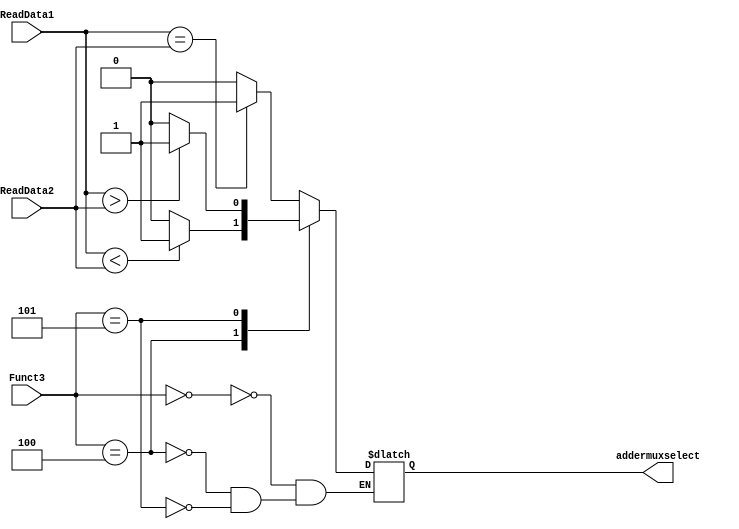
`timescale 1ns / 1ps
//////////////////////////////////////////////////////////////////////////////////
// Company: 
// Engineer: 
// 
// Design Name: 
// Module Name: Branch_Unit
// Project Name: 
// Target Devices: 
// Tool Versions: 
// Description: 
// 
// Dependencies: 
// 
// Revision:
// Revision 0.01 - File Created
// Additional Comments:
// 
//////////////////////////////////////////////////////////////////////////////////


module Branch_Unit(
   input [2:0] Funct3,
   input [63:0] ReadData1,
   input [63:0] ReadData2,
   output reg addermuxselect
  );
  
  initial
    begin
      addermuxselect = 1'b0;
    end
  
  always @(*)
	begin
      case (Funct3)
        3'b000:
          begin
            if (ReadData1 == ReadData2)
              addermuxselect = 1'b1;
            else
              addermuxselect = 1'b0;
            end
         3'b100:
    		begin
              if (ReadData1 < ReadData2)
              addermuxselect = 1'b1;
            else
              addermuxselect = 1'b0;
            end
        3'b101:
          begin
            if (ReadData1 > ReadData2)
          	addermuxselect = 1'b1;
           else
              addermuxselect = 1'b0;
          end    
      endcase
     end
endmodule